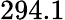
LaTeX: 294.1